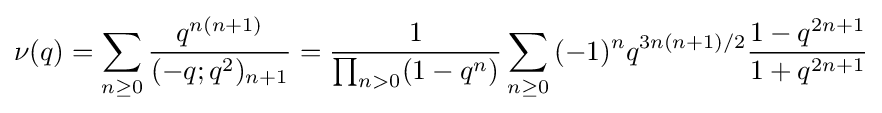
\nu (q)=\sum _{n\geq 0}{\frac {q^{n(n+1)}}{(-q;q^{2})_{n+1}}}={\frac {1}{\prod _{n>0}(1-q^{n})}}\sum _{n\geq 0}{(-1)^{n}q^{3n(n+1)/2}{\frac {1-q^{2n+1}}{1+q^{2n+1}}}}